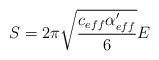
LaTeX: \begin{align*}S= 2\pi \sqrt{c_{eff}\alpha'_{eff}\over 6} E\end{align*}